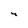
Character: y